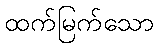
ထက်မြက်သော